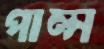
পাল্স